Madras plague regulations and rules - Volume 2
Disease focus: Plague
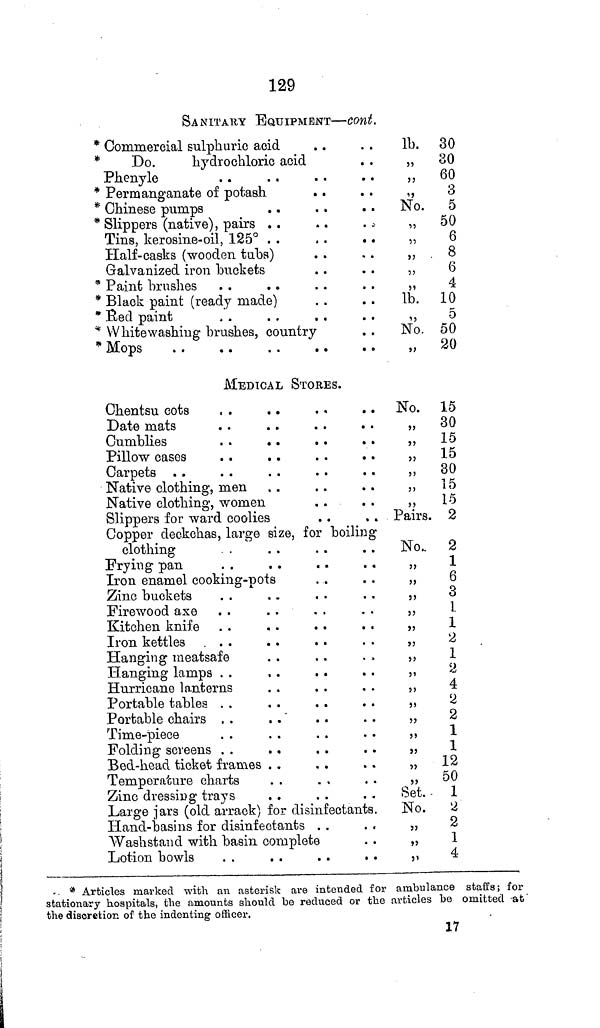
129
SANITARY EQUIPMENT — cont.
* Commercial sulphuric acid
*
Do.
hydrochloric acid
Phenyle
* Permanganate of potash
. .
* Chinese pumps
* Slippers (native), pairs
Tins, kerosine-oil, 125°H
alf-casks (wooden tabs)
Galvanized iron buckets
* Paint brushes
* Black paint (ready made)
* Red paint
* Whitewashing brushes, country
* Mops
MEDICAL STORES.
Chentsu cots . .
. .
. .
. .
Date mats
. .
. .
. .
. .
Cumblies
Pillow cases
. .
. .
. .
. .
Carpets
Native clothing, men
Native clothing, women
Slippers for ward coolies
Copper deckchas, large size, for boiling
clothing
Frying pan
Iron enamel cooking-pots
Zinc buckets
Firewood axe
Kitchen knife
Iron kettles
...
Hanging meatsafe
Hanging lamps
Hurricane lanterns
Portable tables
Portable chairs
Time-piece
Folding screens
Bed-head ticket frames
Temperature charts
Zinc dressiug trays
Large jars (old arrack) for disinfectants.
Hand-basins for disinfectants . .
Washstand with basin complete
Lotion bowls
lb. 30
„
30
„ 60
„
3
No. 5
„ 50
„
6
„ . 8
„
6
4
lb. 10
5
No. 50
„ 20
No. 15
„
30
„ 15
„ 15
„
30
„
15
„
15
Pairs. 2
No. 2
„
1
„
6
„
3
,, 1
„
1
„ 2
„ 1
4
,, 2
„
2
,, 1
1
,,
12
„ 50
Set. - 1
No.
2
2
,,
1
4
* Articles marked with an asterisk are intended for ambulance staffs; for
stationary hospitals, the amounts should be reduced or the articles be omitted at
the discretion of the indenting officer.
17